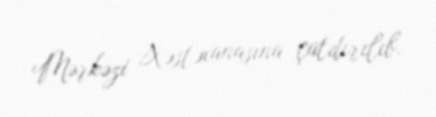
Mərkəzi Xəstəxanasına çatdırılıb.